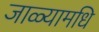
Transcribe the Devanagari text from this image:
जाळ्यामधि